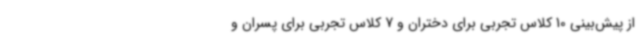
از پیش‌بینی 10 کلاس تجربی برای دختران و 7 کلاس تجربی برای پسران و